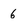
Character: 6